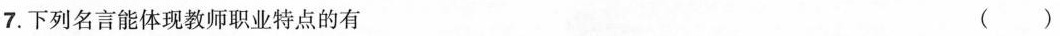
7.下列名言能体现教师职业特点的有（）